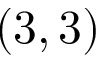
( 3 , 3 )